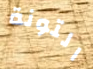
التونة